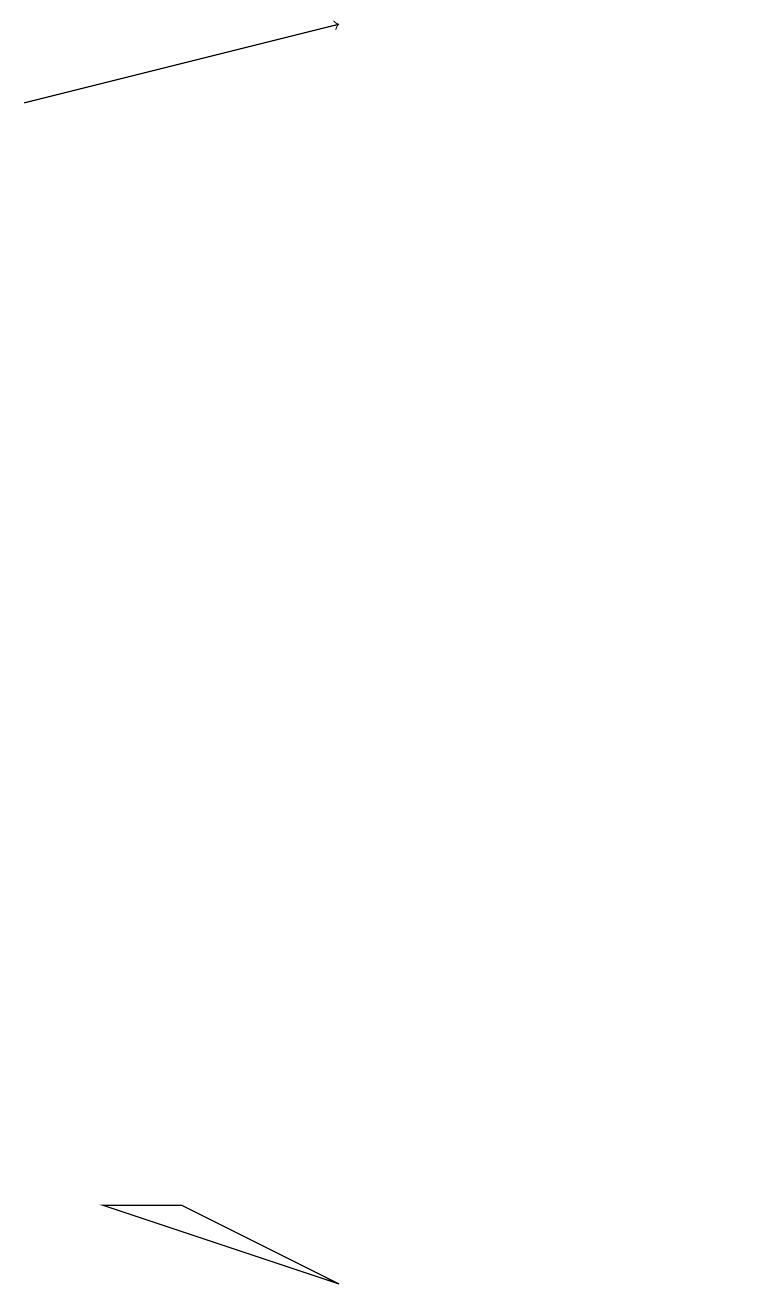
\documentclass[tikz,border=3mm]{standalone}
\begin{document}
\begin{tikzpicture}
\draw (11,12) circle (0);
\draw (6,1) -- (3,2) -- (4,2) -- cycle;
\draw[->] (2,16) -- (6,17);
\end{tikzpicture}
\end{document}